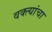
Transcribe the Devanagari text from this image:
वक्त्यांचा